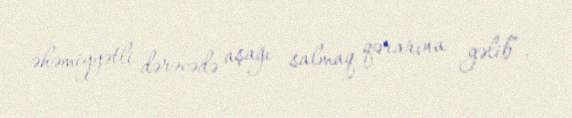
əhəmiyyətli dərəcədə aşağı salmaq qərarına gəlib”.